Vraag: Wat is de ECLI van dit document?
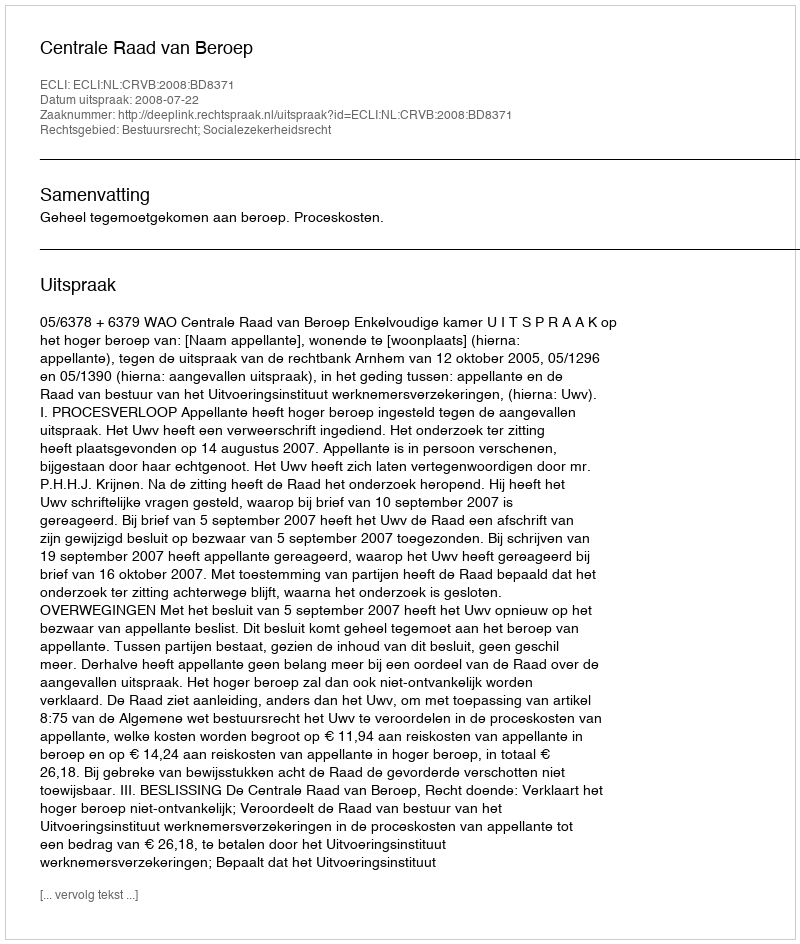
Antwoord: ECLI:NL:CRVB:2008:BD8371